Scottish Leaving Certificate Examination, 1952
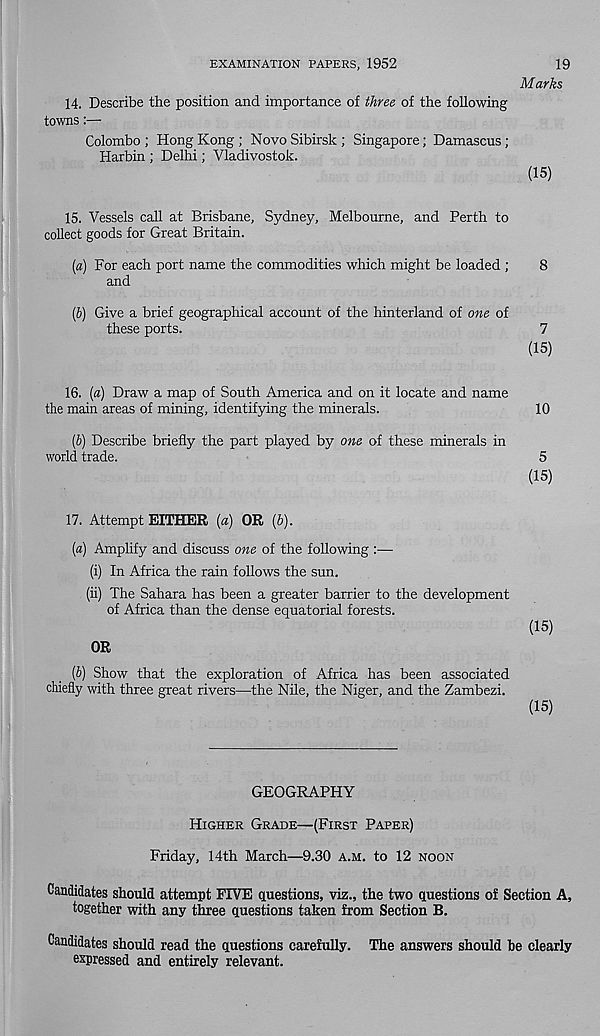
EXAMINATION PAPERS, 1952
19
Marks
14.
Describe the position and importance of three of the
towns:—
Colombo ; Hong Kong ; Novo Sibirsk ; Singapore; Damascus;
Harbin ; Delhi; Vladivostok.
(15)
15. Vessels call at Brisbane, Sydney, Melbourne, and Perth to
collect goods for Great Britain.
(a) For each port name the commodities which might be loaded ;
8
and
(b) Give a brief geographical account of the hinterland of one of
these ports.
7
(15)
16. (a) Draw a map of South America and on it locate and name
the main areas of mining, identifying the minerals.
10
(b) Describe briefly the part played by one of these minerals in
world trade.
5
(15)
17.
Attempt EITHER (a) OR (b).
(a) Amplify and discuss one of the following :—
(i) In Africa the rain follows the sun.
(ii) The Sahara has been a greater barrier to the development
of Africa than the dense equatorial forests.
(15)
OR
(b) Show that the exploration of Africa has been associated
chiefly with three great rivers—the Nile, the Niger, and the Zambezi.
(15)
GEOGRAPHY
HIGHER GRADE—(FIRST PAPER)
Friday, 14th March—9.30 A.M. to 12 NOON
Candidates should attempt FIVE questions, viz., the two questions of Section A,
together with any three questions taken from Section B.
Candidates should read the questions carefully. The answers should be clearly
expressed and entirely relevant.